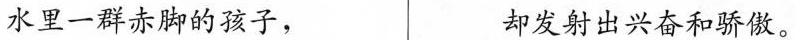
水里一群赤脚的孩子， 却发射出兴奋和骄傲。